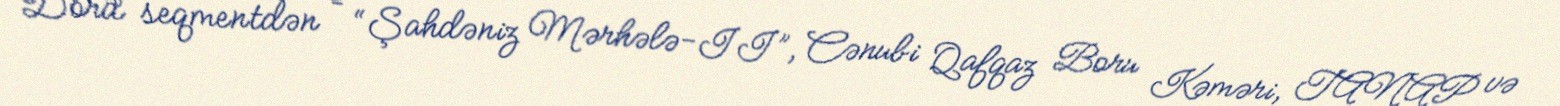
Dörd seqmentdən – “Şahdəniz Mərhələ-II”, Cənubi Qafqaz Boru Kəməri, TANAP və